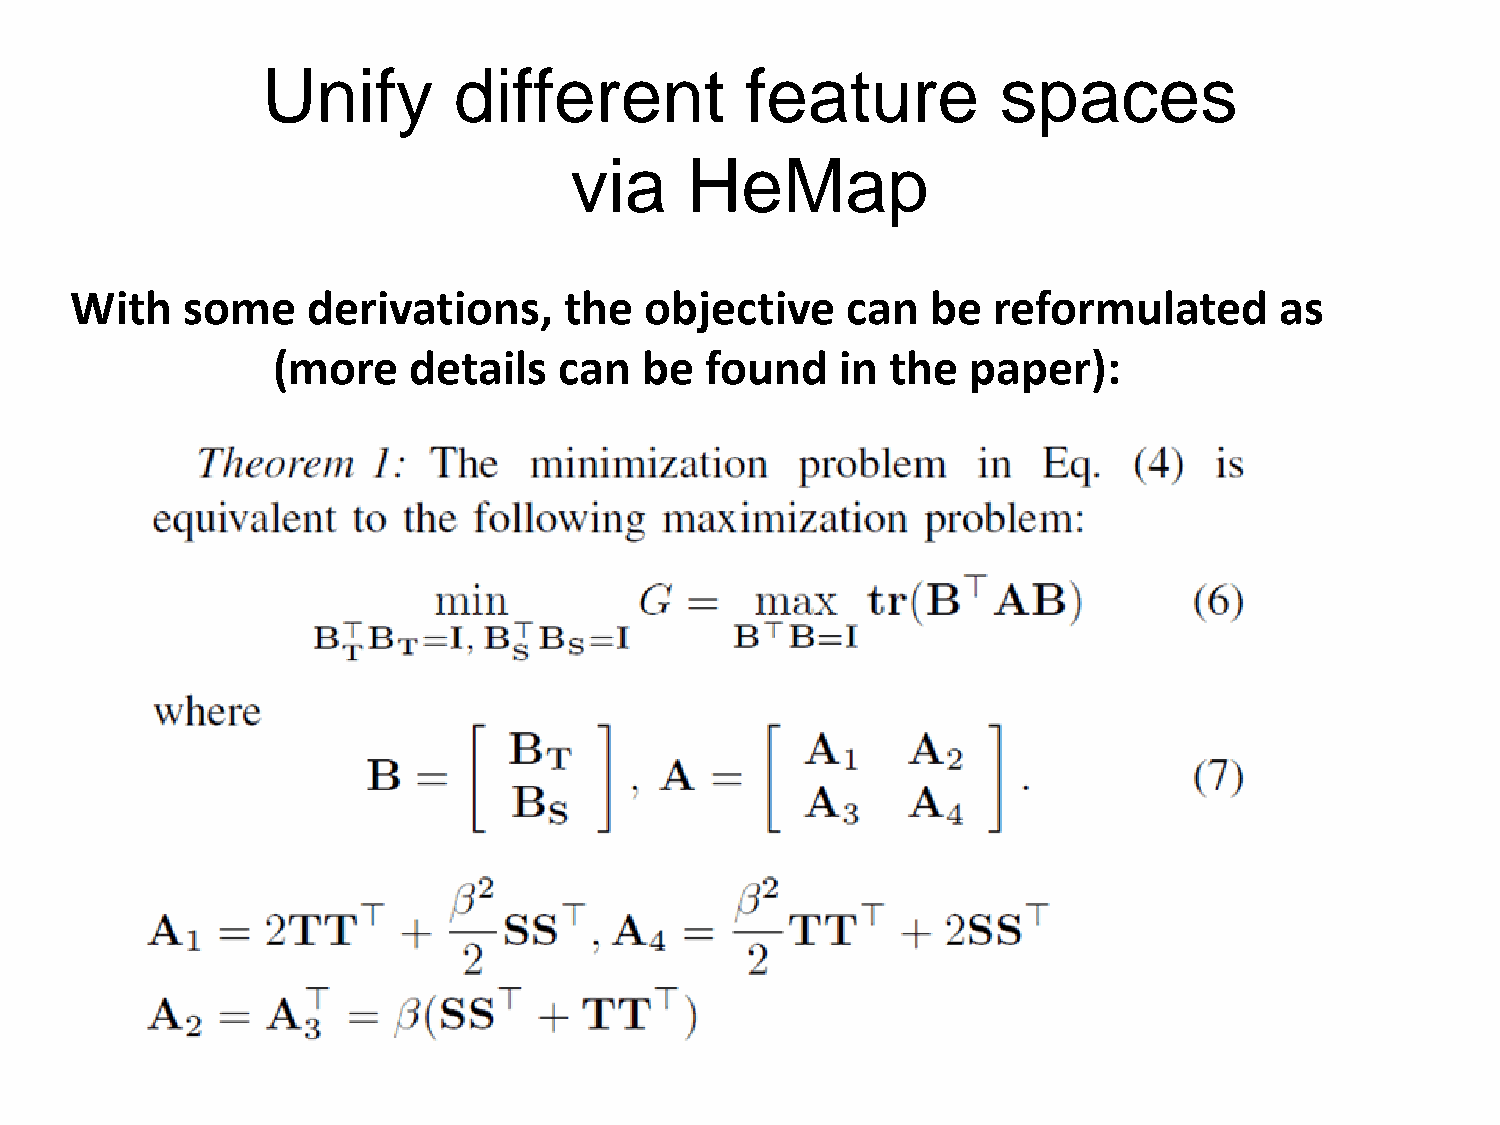
Unify        different          feature          spaces
 via    HeMap
 With   some    derivations,     the   objective    can   be  reformulated       as
 (more    details   can   be  found    in the  paper):